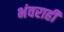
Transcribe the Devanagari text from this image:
भंवराही